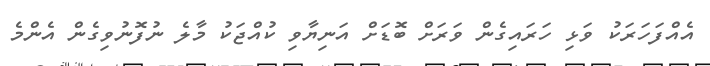
އެއްފަހަރަކު ވަޅި ހަރައިގެން ވަރަށް ބޮޑަށް އަނިޔާވި ކުއްޖަކު މާލެ ނުފޮނުވިގެން އެންމެ